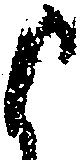
よ